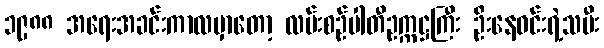
၁၉၈၈ အရေးအခင်းကာလမှာတော့ လမ်းစဉ်ပါတီဥက္ကဋ္ဌကြီး ဦးနေဝင်းရဲ့သမီး